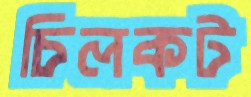
চিলকট